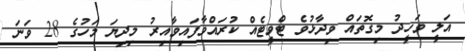
އަލީ ވަހީދު މިގޮތައް ވިދާޅުވެ ޓްވީޓެއް ކުރައްވާފައިވާއިރު މިދިޔަ މަހުގެ 28 ވަނަ